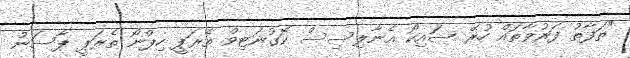
"ތަފާތު ފަރުވާތައް ހުރޭ ސައިކޯ އެނާލިސިސް ކޮގުނަޓިވް ތެރަޕީ ހިޕްނޯ ތެރަޕީ ޕާސަން